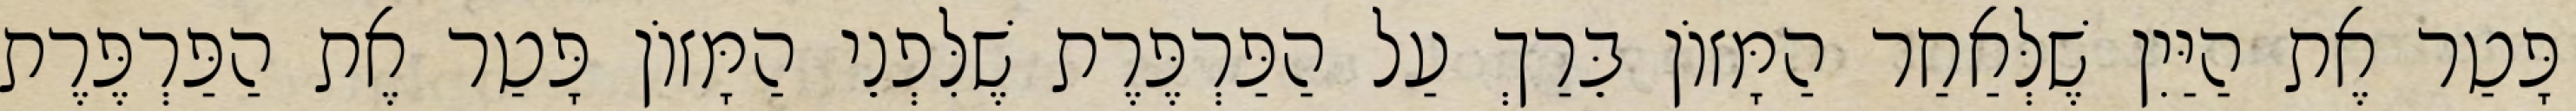
פָּטַר אֶת הַיַּיִן שֶׁלְּאַחַר הַמָּזוֹן בֵּרַךְ עַל הַפַּרְפֶּרֶת שֶׁלִּפְנֵי הַמָּזוֹן פָּטַר אֶת הַפַּרְפֶּרֶת